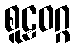
စူဠဝဂ္ဂ